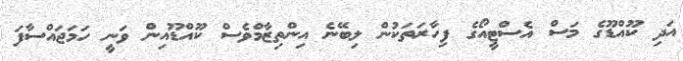
އަދި ކޫއްޑޫގެ މަސް އެސްޓީއޯގެ ފިހާރަތަކުން ލިބޭނެ އިންތިޒާމްވެސް ކޫއްޑޫއިން ވަނީ ހަމަޖައްސާފަ